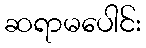
ဆရာမပေါင်း